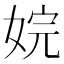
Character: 㛡